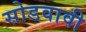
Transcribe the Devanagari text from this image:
सोडवावी